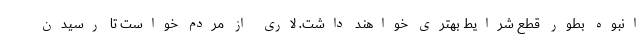
انبوه بطور قطع شرایط بهتری خواهند داشت. لاری از مردم خواست تا رسیدن